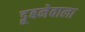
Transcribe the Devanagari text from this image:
डूबनेवाला